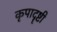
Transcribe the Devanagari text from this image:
कृपादॄष्टी